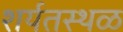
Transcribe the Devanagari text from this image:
शर्यतस्थळ